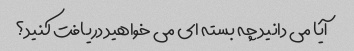
آیا می دانید چه بسته ای می خواهید دریافت کنید؟